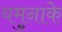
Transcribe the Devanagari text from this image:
यमुनाके